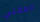
العقلي